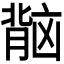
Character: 𬛏